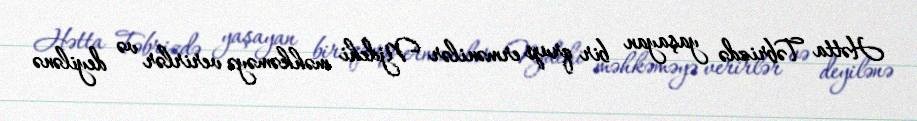
Hətta Təbrizdə yaşayan bir qrup ermənilər Njdehi məhkəməyə verirlər və deyilənə